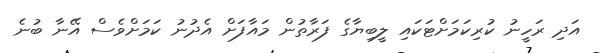
އަދި ރަހީނު ކުރިކަމަށްޓަކައި ލީބިޔާގެ ފަރާތުން މައާފަށް އެދުނު ކަމަށްވެސް އޭނާ ބުނެ